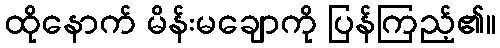
ထိုနောက် မိန်းမချောကို ပြန်ကြည့်၏။